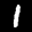
Label: 1